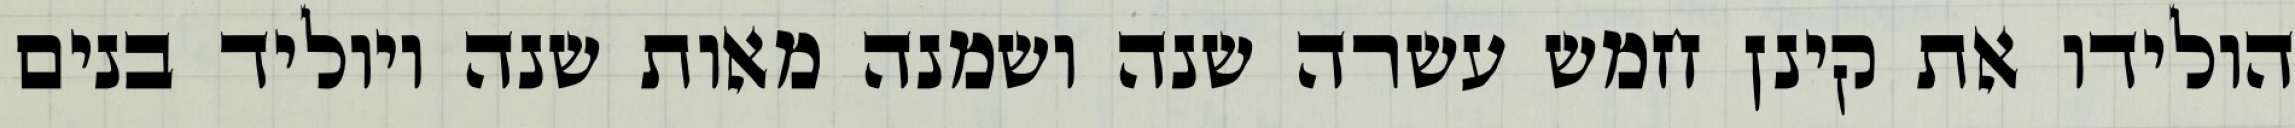
הולידו את קינן חמש עשרה שנה ושמנה מאות שנה ויוליד בנים